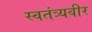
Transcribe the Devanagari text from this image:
स्वतंत्र्यवीर